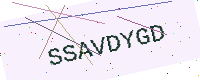
Text: SSAVDYGD